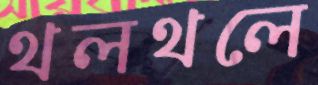
থলথলে